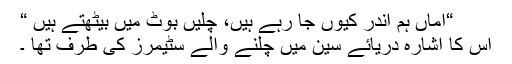
“اماں ہم اندر کیوں جا رہے ہیں، چلیں بوٹ میں بیٹھتے ہیں “
اس کا اشارہ دریائے سین میں چلنے والے سٹیمرز کی طرف تھا ۔